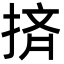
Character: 㨈